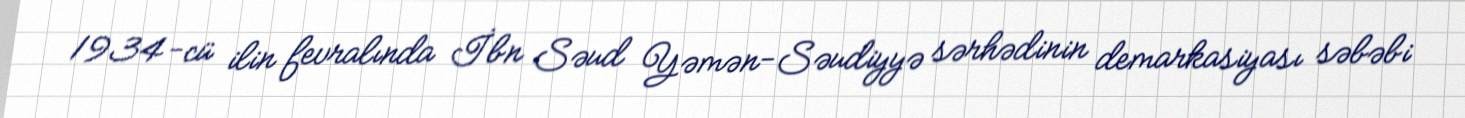
1934-cü ilin fevralında İbn Səud Yəmən-Səudiyyə sərhədinin demarkasiyası səbəbi